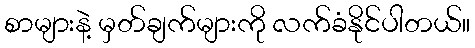
စာများနဲ့ မှတ်ချက်များကို လက်ခံနိုင်ပါတယ်။